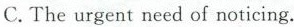
C.The urgent need of noticing.